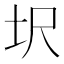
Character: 㘮